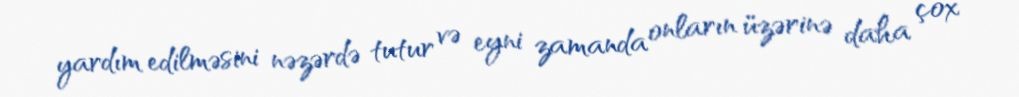
yardım edilməsini nəzərdə tutur və eyni zamanda onların üzərinə daha çox